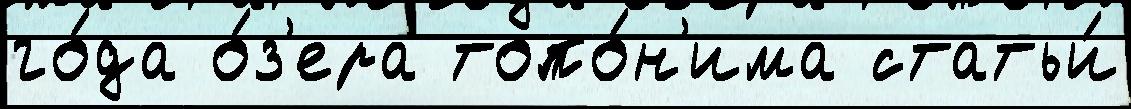
го́да о́з'ера топо́н'има статьи́